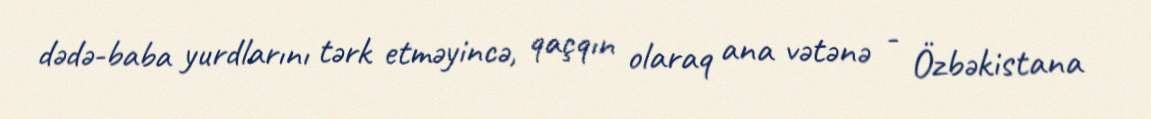
dədə-baba yurdlarını tərk etməyincə, qaçqın olaraq ana vətənə - Özbəkistana